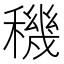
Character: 穖